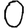
Digit: 0